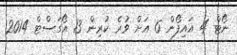
ނޯޓް 4 އައިފޯން 6 އަށް ވުރެ ކުރިން 13 އޯގަސްޓް 2014